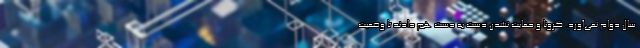
سال دوام نمی‌آورد. کرونا و حمایت نشدن دست به دست هم دادند تا وضعیت